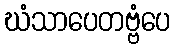
ဃံသာပေတဗ္ဗံပေ